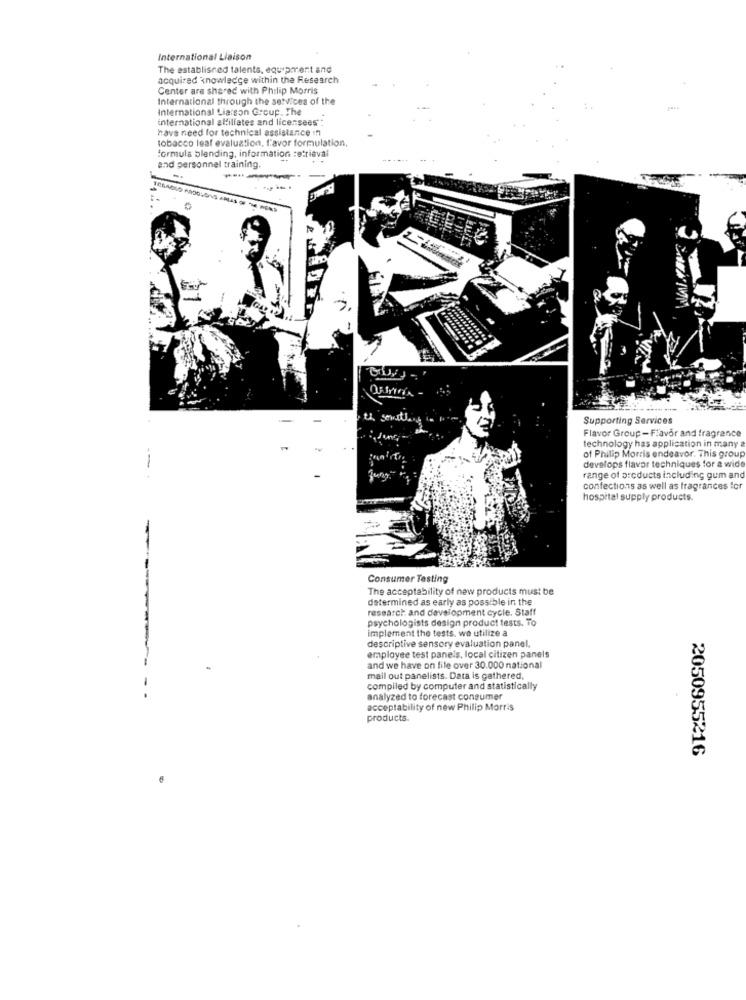
International Liaison
The established talents, equipment and
acquired knowledge within the Research
Center are shared with Philip Morris
International through the services of the
International Liarson Group. The
international altillates and licensees" :
have need for technical assistance !!
tobacco leaf evaluation, l'avor formulation,
formula blending, information retrieval
and personnel training.
---.
th something in "
Supporting Services
Flavor Group -Flavor and fragrance
technology has application in many a
of Philip Morris endeavor. This group
develops flavor techniques for a wide
jung:"
range of oroducts including gum and
confections as well as fragrances for
hospital supply products.
Consumer Testing
The acceptability of new products must be
determined as early as possible in the
research and development cycle. Staff
psychologists design product tests. To
implement the tests. we utilize a
descriptive sensory evaluation panel,
employee test panels, local citizen panels
and we have on life over 30.000 national
mail out panelists. Data is gathered,
---
compiled by computer and statistically
analyzed to forecast consumer
acceptability of new Philip Morris
products.
2050955216